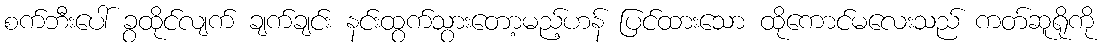
စက်ဘီးပေါ် ခွထိုင်လျက် ချက်ချင်း နင်းထွက်သွားတော့မည့်ဟန် ပြင်ထားသော ထိုကောင်မလေးသည် ကတ်ဆူရိုကို